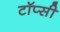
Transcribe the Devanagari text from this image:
टॉप्सी